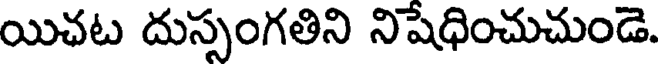
యిచట దుస్సంగతిని నిషేధించుచుండె.